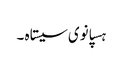
ہسپانوی سیستاہ ۔